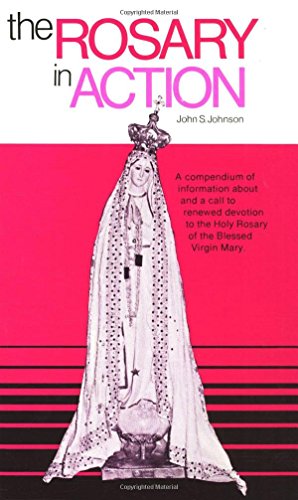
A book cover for The Rosary In Action; John Johnson; Christian Books & Bibles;